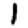
Digit: 1